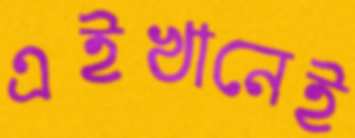
এইখানেই